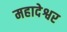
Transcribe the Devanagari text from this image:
महादेश्वर